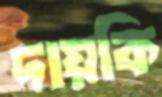
দায়কি